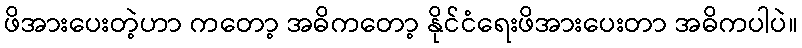
ဖိအားပေးတဲ့ဟာ ကတော့ အဓိကတော့ နိုင်ငံရေးဖိအားပေးတာ အဓိကပါပဲ။